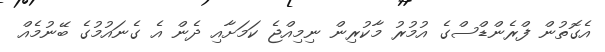
އެގޮތުން ފްރެންޑްސްގެ އުމުރު މާކުރިން ނިމިއްޖެ ކަމަށާއި ދެން އެ ގެނައުމުގެ ބޭނުމެއް